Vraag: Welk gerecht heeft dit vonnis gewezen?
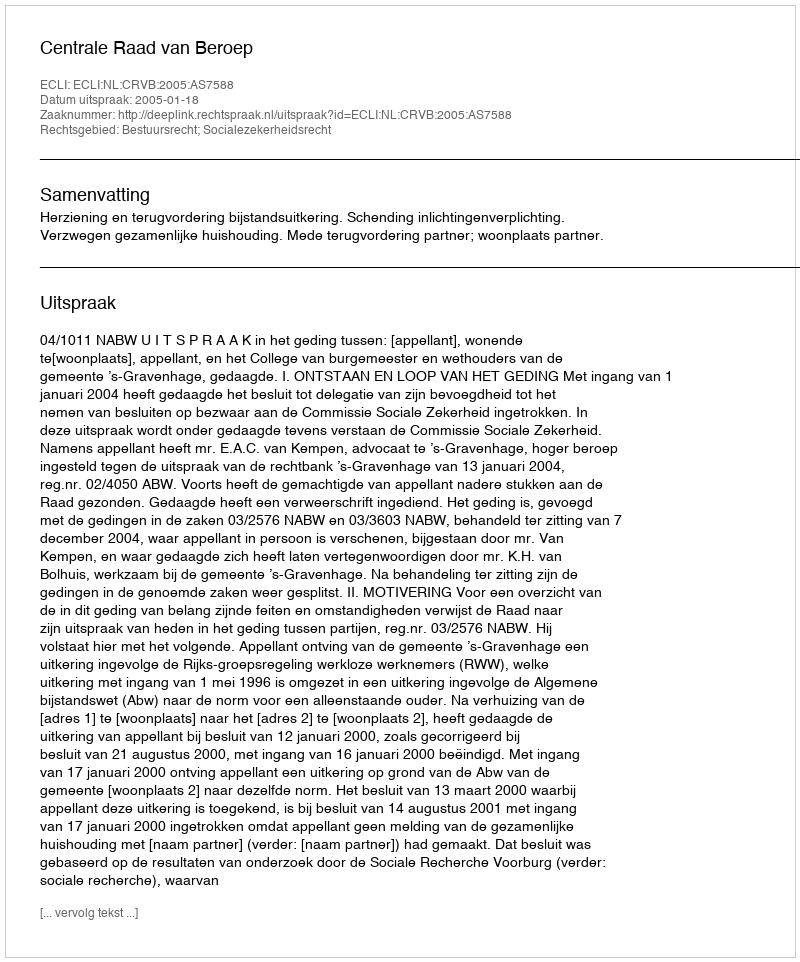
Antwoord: Centrale Raad van Beroep